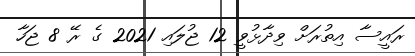
ރައީސާ އިތުރަށް ވިދާޅުވީ 12 ޖުލައި 2021 ގެ ރޭ 8 ޖަހާ